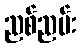
ညစ်ညမ်း